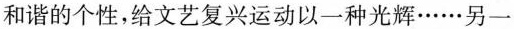
和谐的个性，给文艺复兴运动以一种光辉……另一